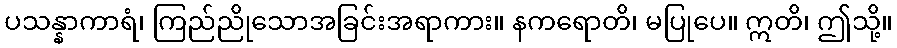
ပသန္နာကာရံ၊ ကြည်ညိုသောအခြင်းအရာကား။ နကရောတိ၊ မပြုပေ။ ဣတိ၊ ဤသို့။